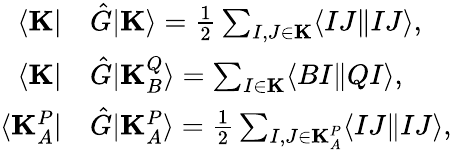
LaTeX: \begin{array}{rl}{\langle\mathbf{K}|}&{\hat{G}|\mathbf{K}\rangle=\frac{1}{2}\sum_{I,J\in\mathbf{K}}\langle IJ\| IJ\rangle,}\\ {\langle\mathbf{K}|}&{\hat{G}|\mathbf{K}_{B}^{Q}\rangle=\sum_{I\in\mathbf{K}}\langle BI\| QI\rangle,}\\ {\langle\mathbf{K}_{A}^{P}|}&{\hat{G}|\mathbf{K}_{A}^{P}\rangle=\frac{1}{2}\sum_{I,J\in\mathbf{K}_{A}^{P}}\langle IJ\| IJ\rangle,}\end{array}